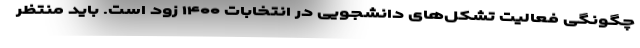
چگونگی فعالیت تشکل‌های دانشجویی در انتخابات ۱۴۰۰ زود است. باید منتظر